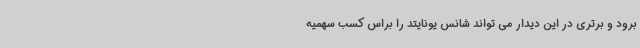
برود و برتری در این دیدار می تواند شانس یونایتد را براس کسب سهمیه